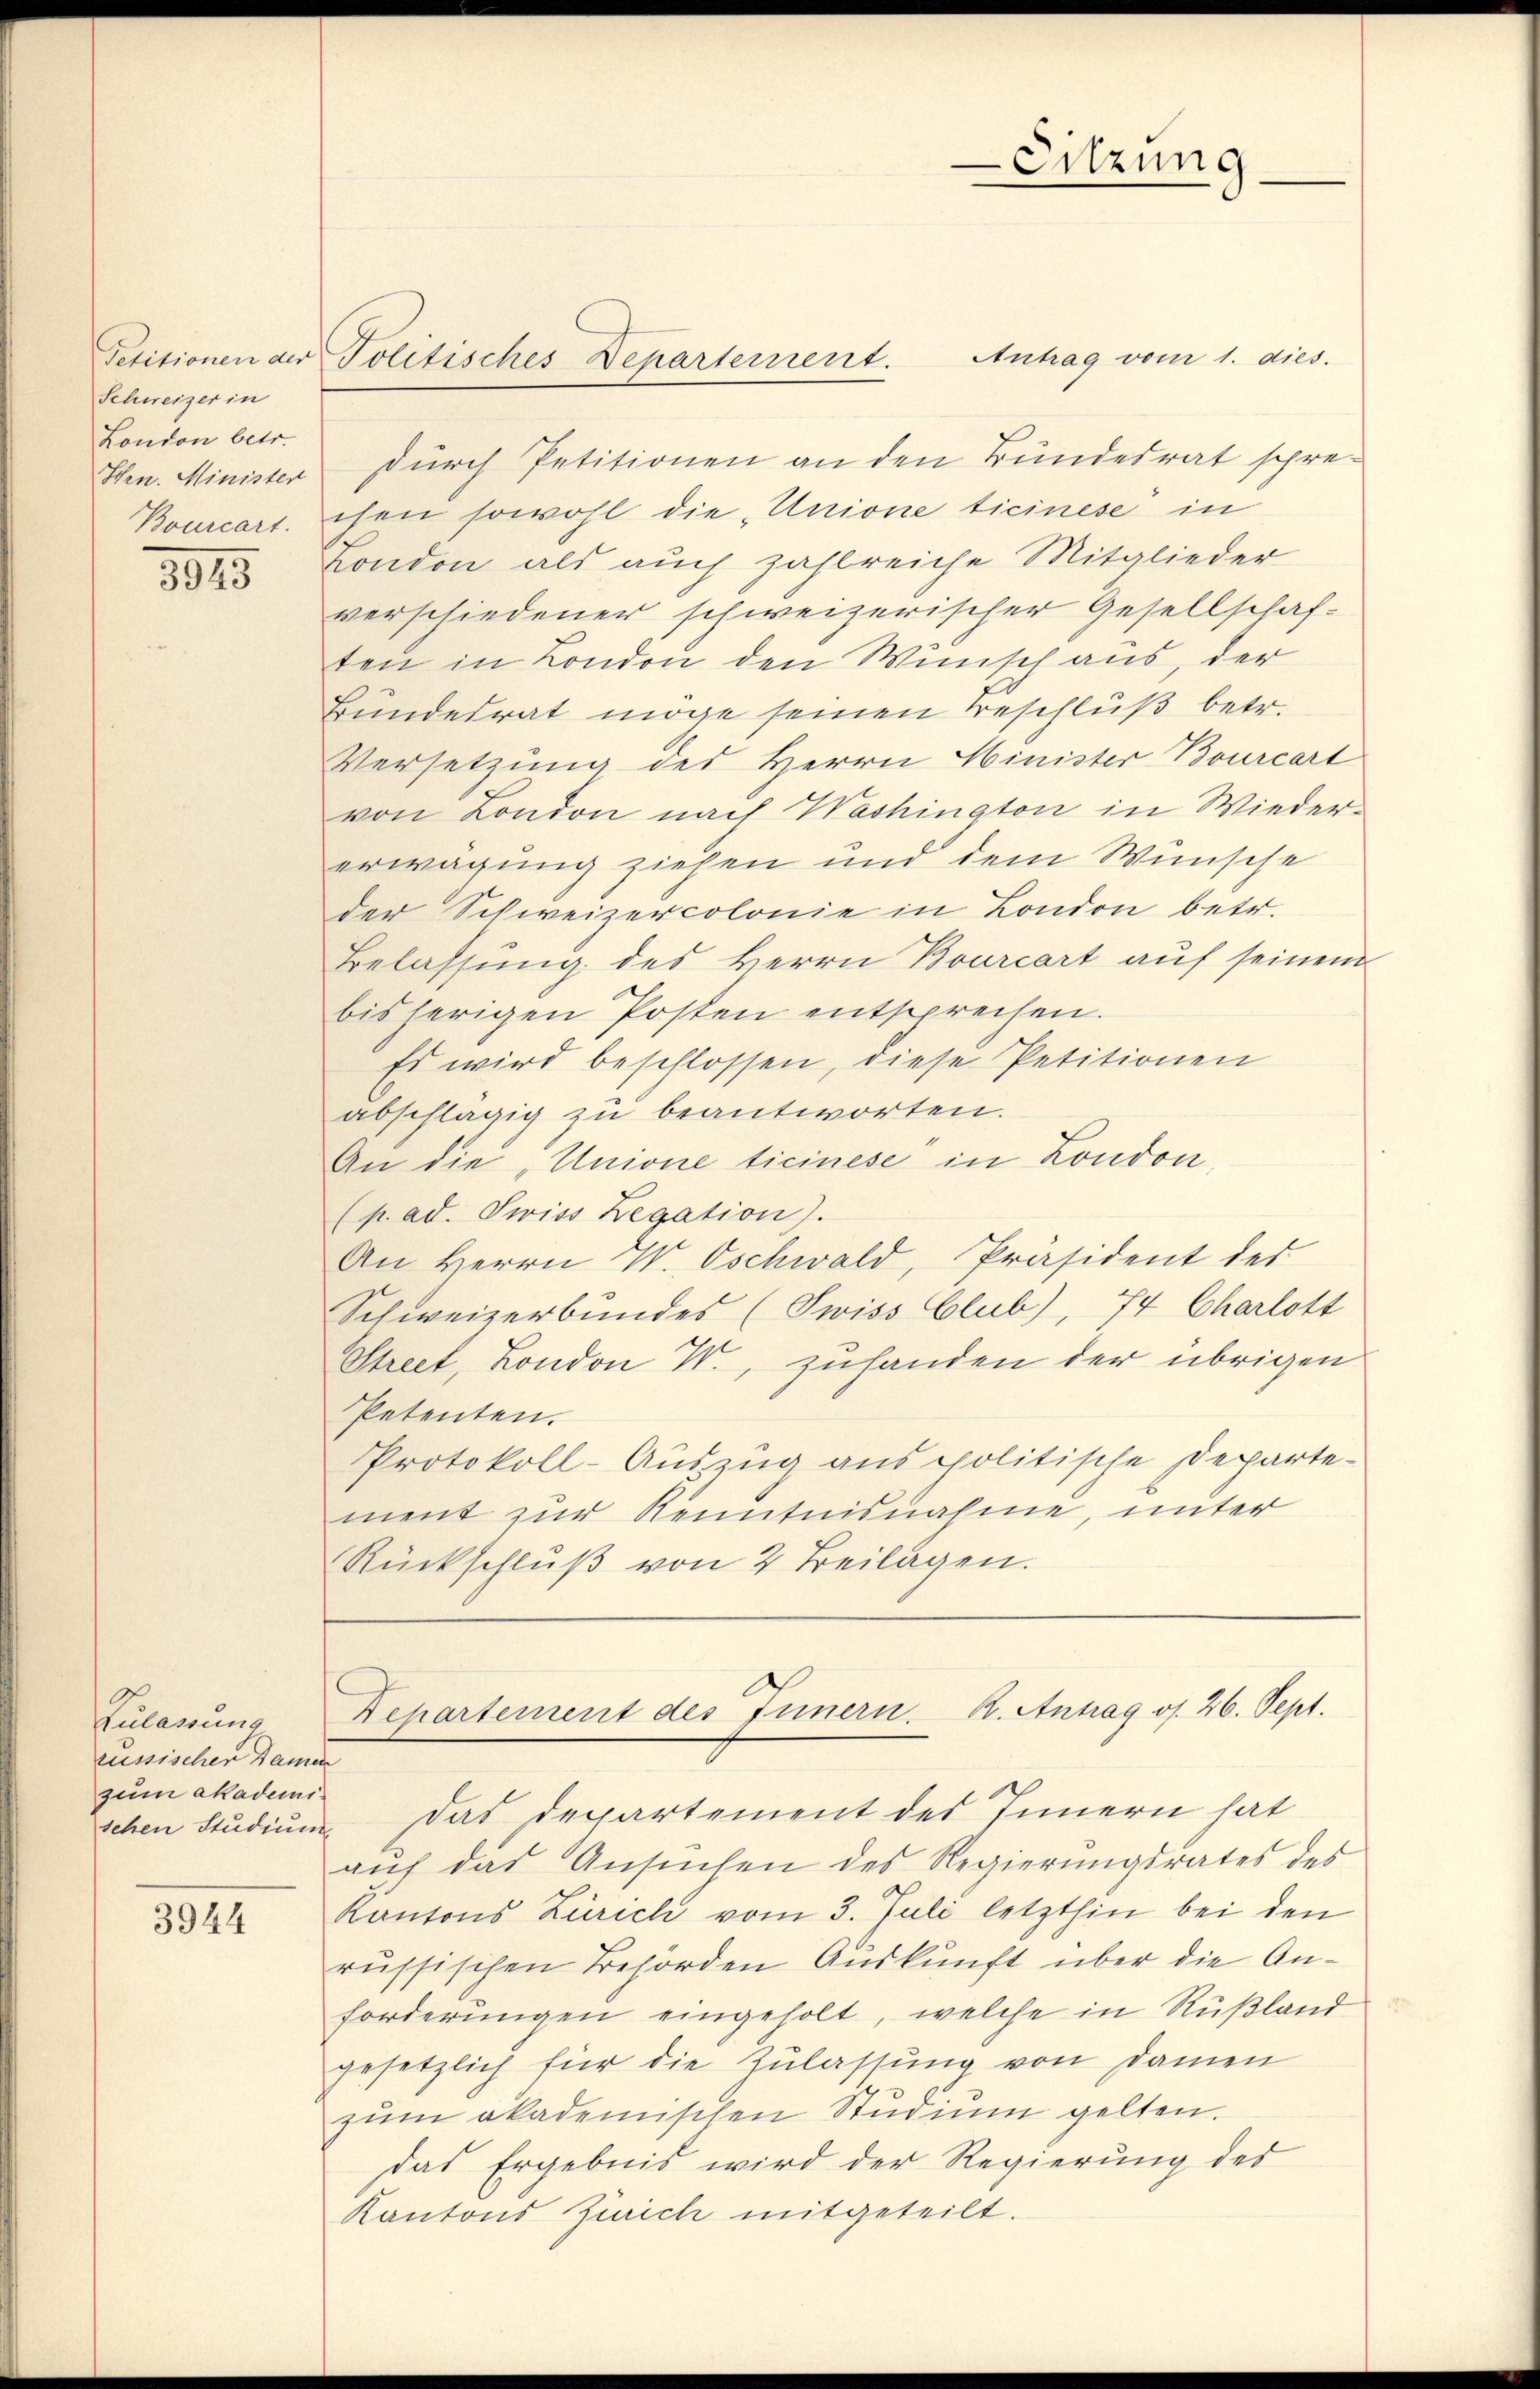
Schweizer in
London betr.
Hrn. Minister

3915

Zulassung
rüssischer Damen
zum akademischen Studium

3944

Petitionen der Politisches Departement.

Antrag vom 1. dies.
durch Petitionen an den Bundesrat schre¬
Bourcart, chen sowohl die „Unione ticinese in
London als auch zahlreiche Mitglieder
verschiedener schweizerischer Gesellschaf-
ten in London den Wunsch aus, der
Bundesrat möge seinen Beschluß betr.
Versetzung des Herrn Minister Bourcart
von London nach Washington in Wieder-
erwägung ziehen und dem Wunsche
der Schweizercolonie in London betr.
Belassung des Herrn Bourcart auf seinem
bisherigen Posten entsprechen.
Es wird beschlossen, diese Petitionen
abschlägig zu beantworten.
An die „Unione ticinese in London,
(p. ad. Swiss Legation).
An Herrn W. Oschwald, Präsident des
Schweizerbundes (Swiss Club), 74 Charlott
Street, London W., zuhanden der übrigen
Petenten.
Protokoll-Auszug aus politische Departement zur Kenntnisnahme, unter
Rückschlŭβ von 2 Beilagen.

aŭf das Ansŭchen des Regierŭngsrates des
Kantons Zuricli vom 3. Juli letzthin bei den
russischen Behörden Auskunft über die Anforderungen eingeholt, welche in Rußland
gesetzlich für die Zulassung von Damen
zŭm akademischen Stŭdiŭm gelten.
das Ergebnis wird der Regierung des
Kantons Zürich mitgeteilt.

-Sitzung
—
—

Departement des Innern. R. Antrag os. 26. Sept.
Das Departement des Innern hat